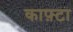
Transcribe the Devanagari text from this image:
काफ़्टा